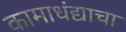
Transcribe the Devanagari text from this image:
कामाधंद्याचा